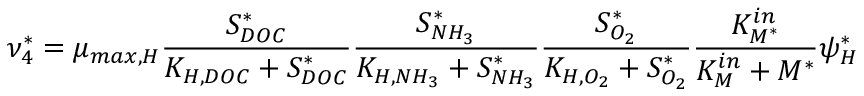
\nu _ { 4 } ^ { * } = \mu _ { m a x , H } \frac { S _ { D O C } ^ { * } } { K _ { H , D O C } + S _ { D O C } ^ { * } } \frac { S _ { N H _ { 3 } } ^ { * } } { K _ { H , N H _ { 3 } } + S _ { N H _ { 3 } } ^ { * } } \frac { S _ { O _ { 2 } } ^ { * } } { K _ { H , O _ { 2 } } + S _ { O _ { 2 } } ^ { * } } \frac { K _ { M ^ { * } } ^ { i n } } { K _ { M } ^ { i n } + M ^ { * } } \psi _ { H } ^ { * }